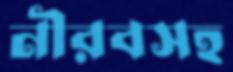
নীরবসহ